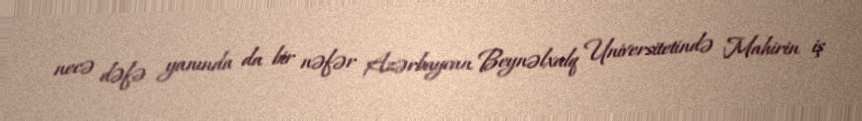
necə dəfə yanında da bir nəfər Azərbaycan Beynəlxalq Universitetində Mahirin iş